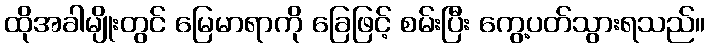
ထိုအခါမျိုးတွင် မြေမာရာကို ခြေဖြင့် စမ်းပြီး ကွေ့ပတ်သွားရသည်။